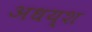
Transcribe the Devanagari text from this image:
अधय्श